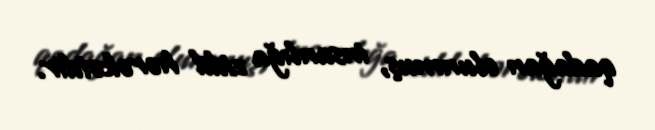
qadağan olunmuş, insanlığa zidd hərəkətdir.